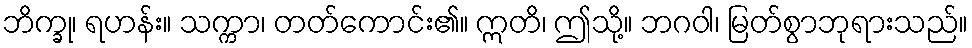
ဘိက္ခု၊ ရဟန်း။ သက္ကာ၊ တတ်ကောင်း၏။ ဣတိ၊ ဤသို့။ ဘဂဝါ၊ မြတ်စွာဘုရားသည်။